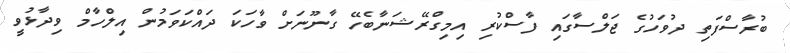
ބުރާސްފަތި ދުވަހުގެ ޖަލްސާގައި ފާސްކުރި އިމިގްރޭޝަނާބެހޭ ގާނޫނަށް ވާހަކަ ދައްކަވަމުން އިލްހާމް ވިދާޅުވީ